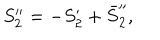
S _ { 2 } ^ { \prime \prime } = - S _ { 2 } ^ { \prime } + \bar { S } _ { 2 } ^ { \prime \prime } ,